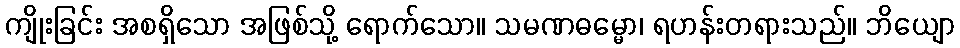
ကျိုးခြင်း အစရှိသော အဖြစ်သို့ ရောက်သော။ သမဏဓမ္မော၊ ရဟန်းတရားသည်။ ဘိယျော